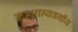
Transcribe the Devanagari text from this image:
कडधान्यवर्गीय